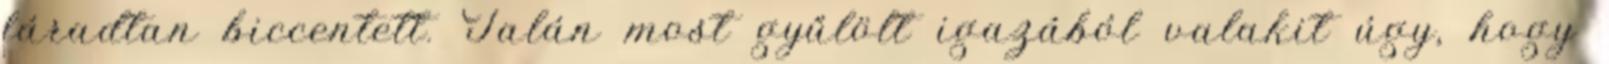
fáradtan biccentett. Talán most gyűlölt igazából valakit úgy, hogy